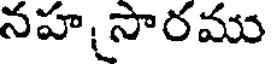
నహ సారము